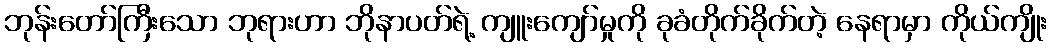
ဘုန်းတော်ကြီးသော ဘုရားဟာ ဘိုနာပတ်ရဲ့ ကျူးကျော်မှုကို ခုခံတိုက်ခိုက်တဲ့ နေရာမှာ ကိုယ်ကျိုး